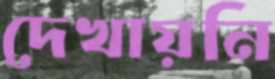
দেখায়নি